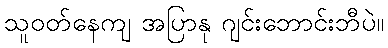
သူဝတ်နေကျ အပြာနု ဂျင်းဘောင်းဘီပဲ။